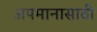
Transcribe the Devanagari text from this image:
अपमानासाठी